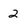
Character: 2